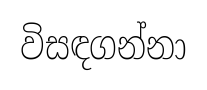
විසඳගන්නා